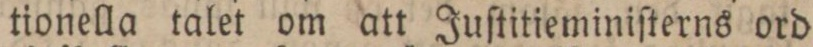
tionella talet om att Juſtitieminiſterns ord